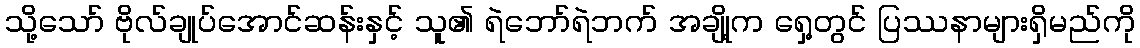
သို့သော် ဗိုလ်ချုပ်အောင်ဆန်းနှင့် သူ၏ ရဲဘော်ရဲဘက် အချို့က ရှေ့တွင် ပြဿနာများရှိမည်ကို